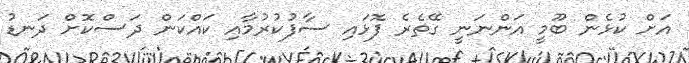
އަށް ކުޅެން ބޫމީ އަންނަނީ ގޭތެރެ ފޮޅައި ސާފުކުރުމާއި ކައްކަން ދަސްކޮށް ދަނޑު